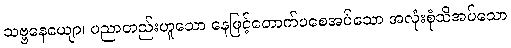
သဗ္ဗနေယျော၊ ပညာတည်းဟူသော နေဖြင့်တောက်ပစေအပ်သော အလုံးစုံသိအပ်သော